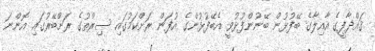
ޤައްޛާފީގެ އާއިލާގެ ބޭފުޅުން ބޭނުންފުޅުވީ އެބޭފުޅުންގެ އުފަން ރަށްކަމުގައި ސިރްތުގެ ރަށްބޭރުގައި އޮންނަ